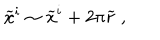
{ \widetilde x } ^ { i } \sim { \widetilde x } ^ { i } + 2 \pi { \widetilde r } ~ ,